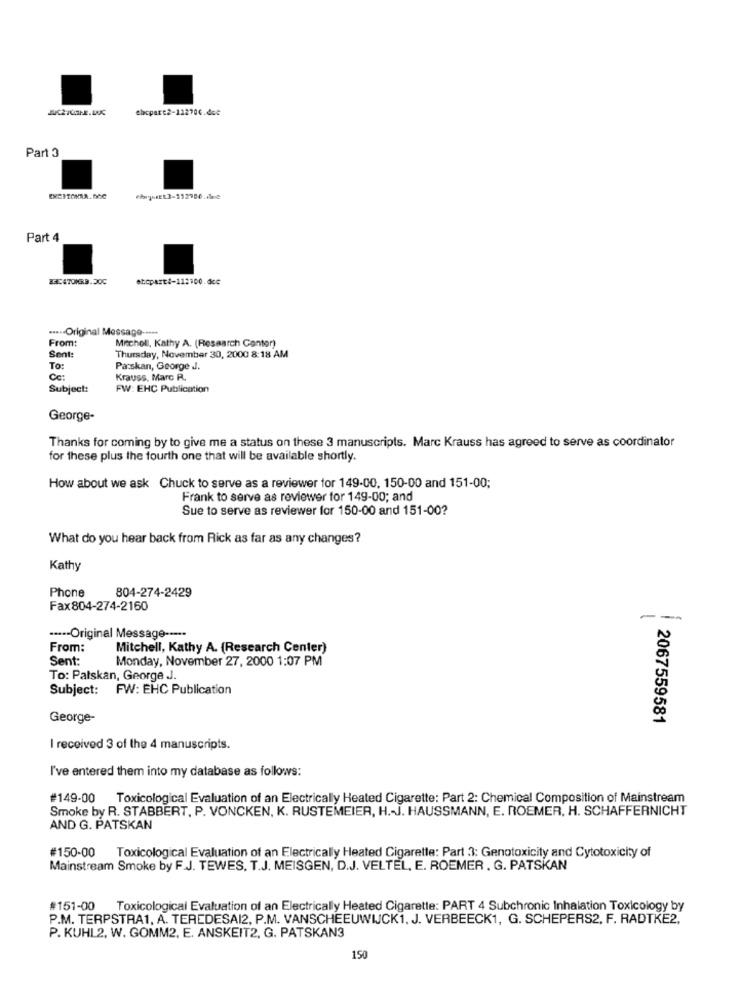
thxpart2-122700.dce
Part 3
Part 4
etcpart4-11:100.dce
....- Original Message -----
From:
Mitchell, Kathy A. (Research Center)
Sent
Thursday, November 30, 2000 8:18 AM
To:
Parskan, George J.
Krauss, Marc R.
Subject:
FW: EHC Publication
George-
Thanks for coming by to give me a status on these 3 manuscripts. Marc Krauss has agreed to serve as coordinator
for these plus the fourth one that will be available shortly.
How about we ask Chuck to serve as a reviewer for 149-00, 150-00 and 151-00;
Frank to serve as reviewer for 149-00; and
Sue to serve as reviewer for 150-00 and 151-00?
What do you hear back from Rick as far as any changes?
Kathy
Phone
804-274-2429
Fax804-274-2160
---
....- Original Message -----
From:
Mitchell, Kathy A. (Research Center)
Sent:
Monday, November 27, 2000 1:07 PM
To: Palskan, George J.
Subject: FW: EHC Publication
George-
2067559581
I received 3 of the 4 manuscripts.
I've entered them into my database as follows:
#149-00 Toxicological Evaluation of an Electrically Heated Cigarette: Part 2: Chemical Composition of Mainstream
Smoke by R. STABBERT, P. VONCKEN, K. RUSTEMEIER, H .- J. HAUSSMANN, E. ROEMER, H. SCHAFFERNICHT
AND G. PATSKAN
#150-00
Toxicological Evaluation of an Electrically Heated Cigarette: Part 3: Genotoxicity and Cytotoxicity of
Mainstream Smoke by F.J. TEWES, T.J. MEISGEN, D.J. VELTEL, E. ROEMER . G. PATSKAN
#151-00 Toxicological Evaluation of an Electrically Heated Cigarette: PART 4 Subchronic Inhalation Toxicology by
P.M. TERPSTRA1, A. TEREDESAI2, P.M. VANSCHEEUWICK1, J. VERBEECK1, G. SCHEPERS2, F. RADTKE2,
P. KUHL2, W. GOMM2, E, ANSKEIT2, G. PATSKAN3
150